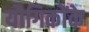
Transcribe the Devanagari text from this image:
यौगिकोंके